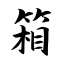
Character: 箱